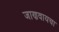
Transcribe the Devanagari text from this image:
जाणवायचा